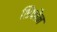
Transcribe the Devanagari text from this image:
शिफौन